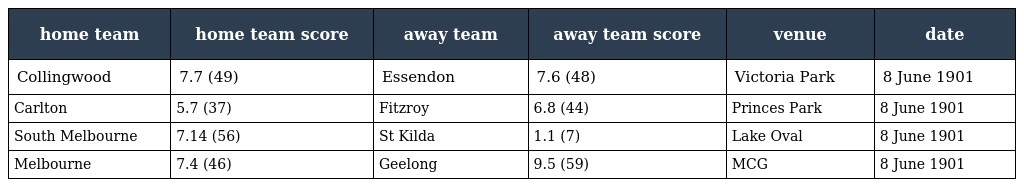
| home team | home team score | away team | away team score | venue | date |
 | --- | --- | --- | --- | --- | --- |
 | Collingwood | 7.7 (49) | Essendon | 7.6 (48) | Victoria Park | 8 June 1901 |
 | Carlton | 5.7 (37) | Fitzroy | 6.8 (44) | Princes Park | 8 June 1901 |
 | South Melbourne | 7.14 (56) | St Kilda | 1.1 (7) | Lake Oval | 8 June 1901 |
 | Melbourne | 7.4 (46) | Geelong | 9.5 (59) | MCG | 8 June 1901 |